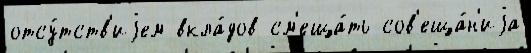
отсу́тств'иjем вкла́дов см'еща́ть сов'еща́н'иjа